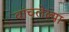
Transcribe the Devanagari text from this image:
वांचलेल्या